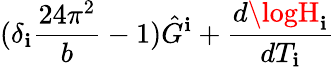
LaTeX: (\delta_{\mathbf{i}}\frac{{24\pi^{2}}}{{b}}-1)\hat{{G}}^{\mathbf{i}}+\frac{{d\logH_{\mathbf{i}}}}{{dT_{\mathbf{i}}}}